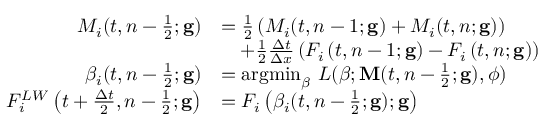
\begin{array} { r l } { M _ { i } ( t , n - \frac { 1 } { 2 } ; \mathbf { g } ) } & { = \frac { 1 } { 2 } \left( M _ { i } ( t , n - 1 ; \mathbf { g } ) + M _ { i } ( t , n ; \mathbf { g } ) \right) } \\ & { \quad + \frac { 1 } { 2 } \frac { \Delta t } { \Delta x } \left( F _ { i } \left( t , n - 1 ; \mathbf { g } \right) - F _ { i } \left( t , n ; \mathbf { g } \right) \right) } \\ { \beta _ { i } ( t , n - \frac { 1 } { 2 } ; \mathbf { g } ) } & { = \mathrm { a r g m i n } _ { \beta } \ L ( \boldsymbol { \beta } ; \mathbf { M } ( t , n - \frac { 1 } { 2 } ; \mathbf { g } ) , \boldsymbol { \phi } ) } \\ { F _ { i } ^ { L W } \left( t + \frac { \Delta t } { 2 } , n - \frac { 1 } { 2 } ; \mathbf { g } \right) } & { = F _ { i } \left( \beta _ { i } ( t , n - \frac { 1 } { 2 } ; \mathbf { g } ) ; \mathbf { g } \right) } \end{array}